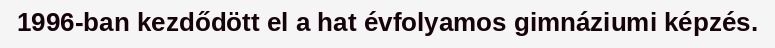
1996-ban kezdődött el a hat évfolyamos gimnáziumi képzés.